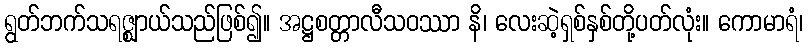
ရွတ်ဘက်သရဇ္ဈာယ်သည်ဖြစ်၍။ အဋ္ဌစတ္တာလီသဝဿာ နိ၊ လေးဆဲ့ရှစ်နှစ်တို့ပတ်လုံး။ ကောမာရံ၊